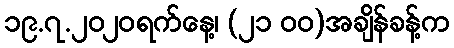
၁၉.၇.၂၀၂၀ရက်နေ့၊ (၂၁ ၀၀)အချိန်ခန့်က